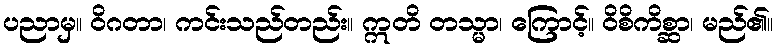
ပညာမှ။ ဝိဂတာ၊ ကင်းသည်တည်း။ ဣတိ တသ္မာ၊ ကြောင့်။ ဝိစိကိစ္ဆာ၊ မည်၏။